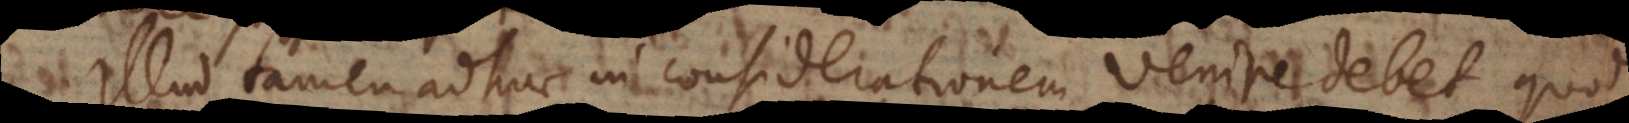
Illud tamen adhuc in considerationem venire debet quod